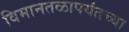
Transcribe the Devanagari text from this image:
विमानतळापर्यंतच्या